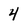
Character: 4